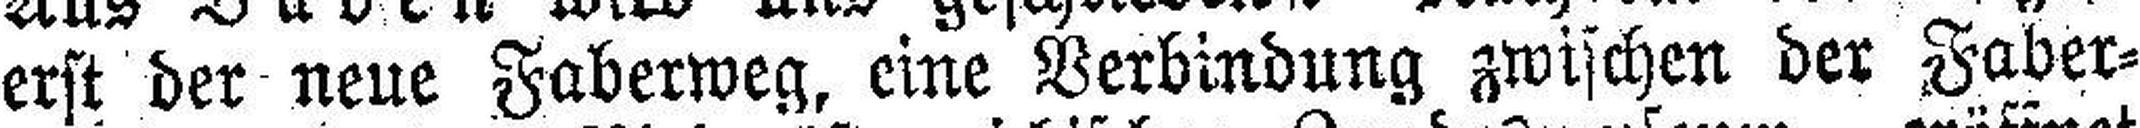
erst der neue Faberweg, eine Verbindung zwischen der Faber¬